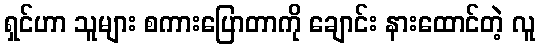
ရှင်ဟာ သူများ စကားပြောတာကို ချောင်း နားထောင်တဲ့ လူ